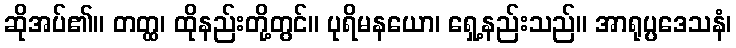
ဆိုအပ်၏။ တတ္ထ၊ ထိုနည်းတို့တွင်။ ပုရိမနယော၊ ရှေ့နည်းသည်။ အာရုပ္ပဒေသနံ၊